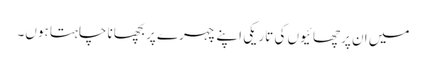
میں ان پرچھائیوں کی تاریکی اپنے چہرے پر بچھانا چاہتا ہوں۔